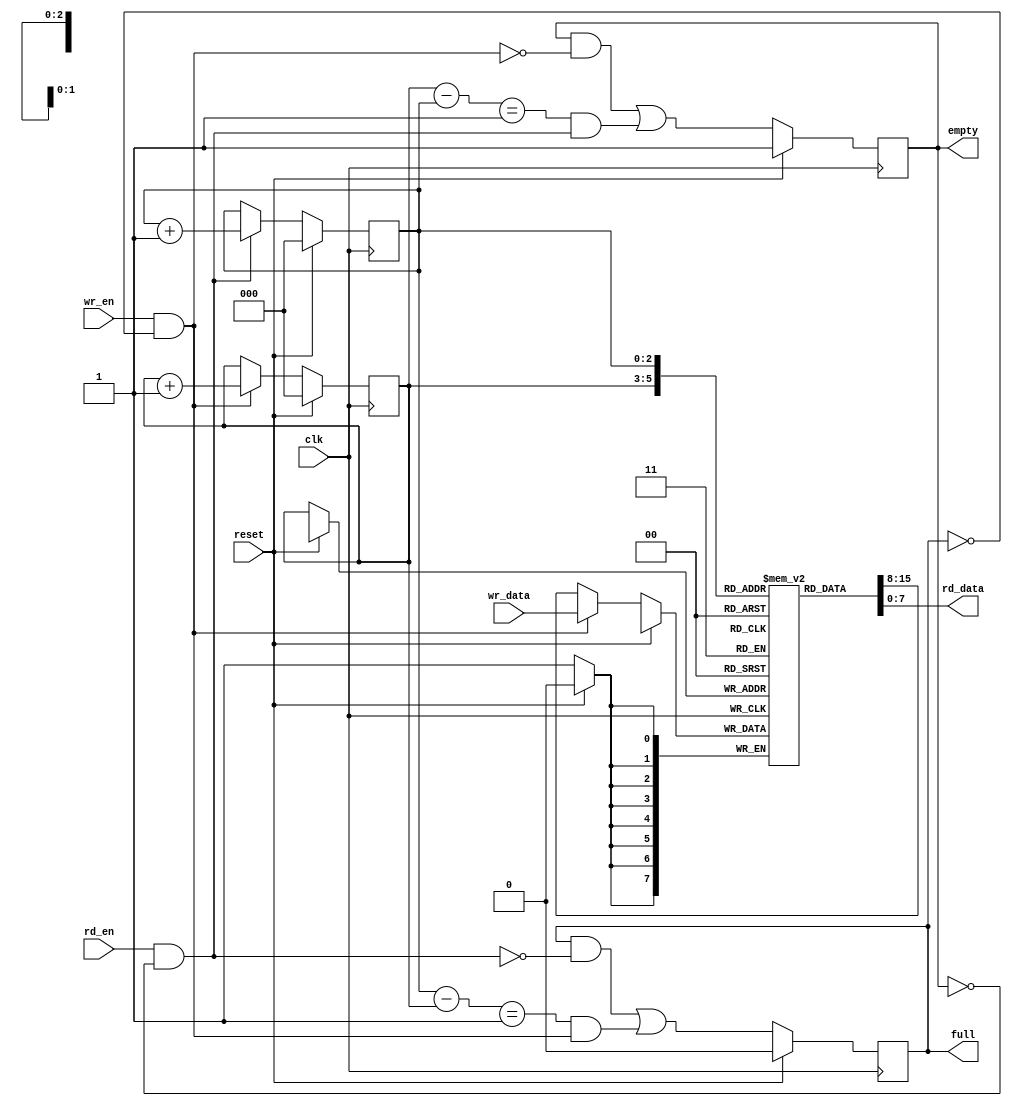
module fifo
#(
  parameter DATA_BITS = 8,
  parameter ADDR_BITS = 3
)
(
  input  wire                 clk,      // 50MHz system clock
  input  wire                 reset,    // Reset signal
  input  wire                 rd_en,    // Read enable, pop front of queue
  input  wire                 wr_en,    // Write enable, add wr_data to end of queue
  input  wire [DATA_BITS-1:0] wr_data,  // Data to be written on wr_en
  output wire [DATA_BITS-1:0] rd_data,  // Current front of fifo data
  output wire                 full,     // FIFO is full (writes invalid)
  output wire                 empty     // FIFO is empty (reads invalid)
);

reg  [ADDR_BITS-1:0] q_rd_ptr;
wire [ADDR_BITS-1:0] d_rd_ptr;
reg  [ADDR_BITS-1:0] q_wr_ptr;
wire [ADDR_BITS-1:0] d_wr_ptr;
reg                  q_empty;
wire                 d_empty;
reg                  q_full;
wire                 d_full;

reg  [DATA_BITS-1:0] q_data_array [2**ADDR_BITS-1:0];
wire [DATA_BITS-1:0] d_data;

wire rd_en_prot;
wire wr_en_prot;

// FF update logic.  Synchronous reset.
always @(posedge clk)
  begin
    if (reset)
      begin
        q_rd_ptr <= 0;
        q_wr_ptr <= 0;
        q_empty  <= 1'b1;
        q_full   <= 1'b0;
      end
    else
      begin
        q_rd_ptr               <= d_rd_ptr;
        q_wr_ptr               <= d_wr_ptr;
        q_empty                <= d_empty;
        q_full                 <= d_full;
        q_data_array[q_wr_ptr] <= d_data;
      end
  end

// Derive "protected" read/write signals.
assign rd_en_prot = (rd_en && !q_empty);
assign wr_en_prot = (wr_en && !q_full);

// Handle writes.
assign d_wr_ptr = (wr_en_prot)  ? q_wr_ptr + 1'h1 : q_wr_ptr;
assign d_data   = (wr_en_prot)  ? wr_data         : q_data_array[q_wr_ptr];

// Handle reads.
assign d_rd_ptr = (rd_en_prot)  ? q_rd_ptr + 1'h1 : q_rd_ptr;

wire [ADDR_BITS-1:0] addr_bits_wide_1;
assign addr_bits_wide_1 = 1;

// Detect empty state:
//   1) We were empty before and there was no write.
//   2) We had one entry and there was a read.
assign d_empty = ((q_empty && !wr_en_prot) ||
                  (((q_wr_ptr - q_rd_ptr) == addr_bits_wide_1) && rd_en_prot));

// Detect full state:
//   1) We were full before and there was no read.
//   2) We had n-1 entries and there was a write.
assign d_full  = ((q_full && !rd_en_prot) ||
                  (((q_rd_ptr - q_wr_ptr) == addr_bits_wide_1) && wr_en_prot));

// Assign output signals to appropriate FFs.
assign rd_data = q_data_array[q_rd_ptr];
assign full    = q_full;
assign empty   = q_empty;

endmodule